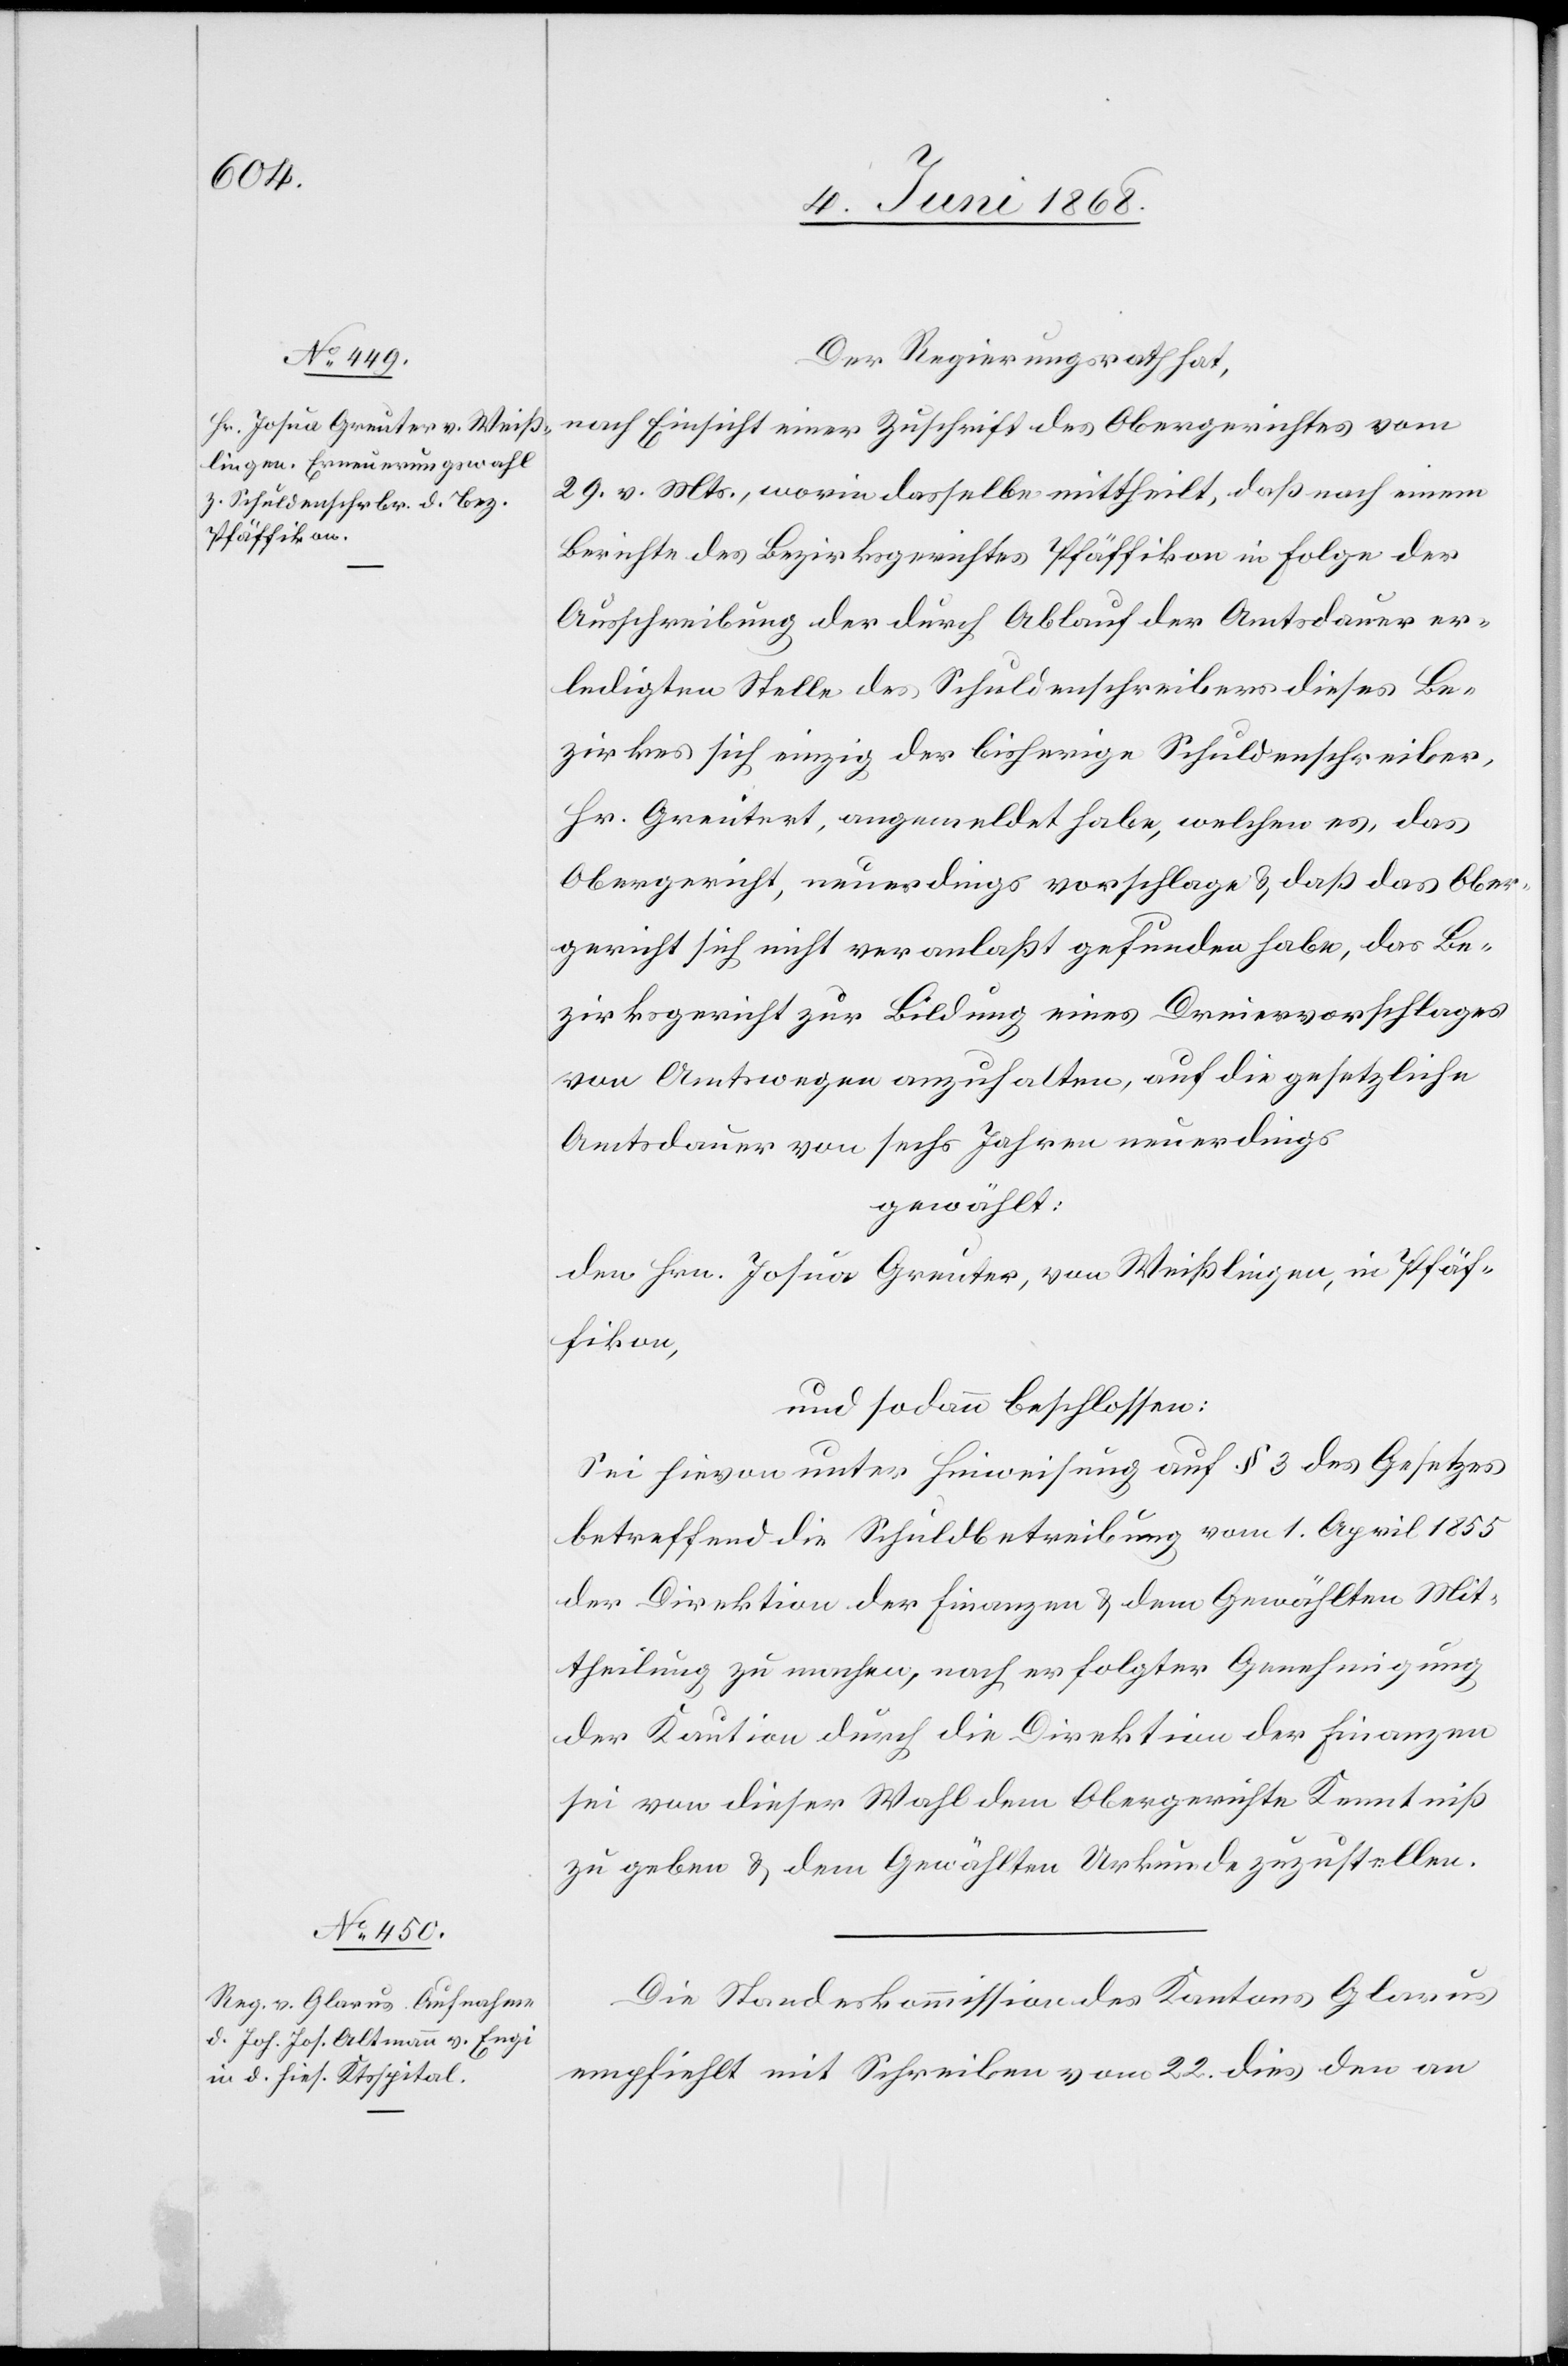
Der Regierungsrath hat,
nach Einsicht einer Zuschrift des Obergerichtes vom
29. v. Mts., worin dasselbe mittheilt, daß nach einem
Berichte des Bezirksgerichtes Pfäffikon in Folge der
Ausschreibung der durch Ablauf der Amtsdauer er¬
ledigten Stelle des Schuldenschreibers dieses Be¬
zirkes sich einzig der bisherige Schuldenschreiber,
Hr. Greutert [sic!], angemeldet habe, welchen es, das
Obergericht, neuerdings vorschlage & daß das Ober¬
gericht sich nicht veranlaßt gefunden habe, das Be¬
zirksgericht zur Bildung eines Dreiervorschlages
von Amtswegen anzuhalten, auf die gesetzliche
Amtsdauer von sechs Jahren neuerdings
gewählt:
den Hrn. Josua Greuter, von Weißlingen, in Pfäf¬
fikon,
und sodann beschlossen:
Sei hievon unter Hinweisung auf § 3 des Gesetzes
betreffend die Schuldbetreibung vom 1. April 1855
der Direktion der Finanzen & dem Gewählten Mit¬
theilung zu machen, nach erfolgter Genehmigung
der Kaution durch die Direktion der Finanzen
sei von dieser Wahl dem Obergerichte Kenntniß
zu geben & dem Gewählten Urkunde zuzustellen.
Die Standeskommission des Kantons Glarus
empfiehlt mit Schreiben vom 22. dies den an